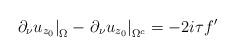
LaTeX: \begin{align*} \left. \partial_\nu u_{z_0} \right|_\Omega - \left. \partial_\nu u_{z_0} \right|_{\Omega^c} = -2 i \tau f'\end{align*}